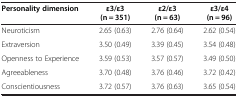
| Personality dimension | ε3/ε3 (n = 351) | ε2/ε3 (n = 63) | ε3/ε4 (n = 96) |
 | --- | --- | --- | --- |
 | Neuroticism | 2.65 (0.63) | 2.76 (0.64) | 2.62 (0.54) |
 | Extraversion | 3.50 (0.49) | 3.39 (0.45) | 3.54 (0.48) |
 | Openness to Experience | 3.59 (0.53) | 3.57 (0.57) | 3.49 (0.50) |
 | Agreeableness | 3.70 (0.48) | 3.76 (0.46) | 3.72 (0.42) |
 | Conscientiousness | 3.72 (0.57) | 3.76 (0.63) | 3.65 (0.54) |